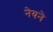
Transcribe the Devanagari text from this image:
नेयने